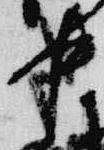
中